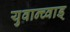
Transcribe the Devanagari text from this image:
युवान्च्वाड्